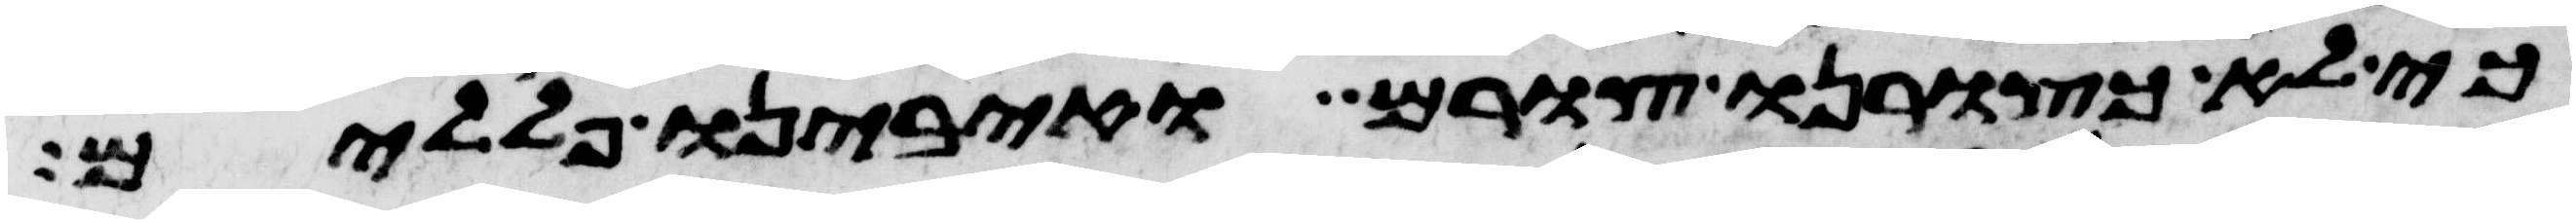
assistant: כי לא כצורנו צורם ואיבינו פללים